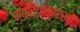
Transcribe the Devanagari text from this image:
स्त्रियांसारखी